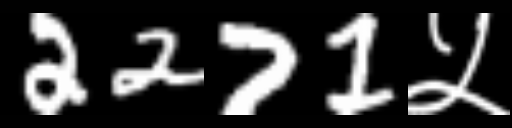
Text: 2271५